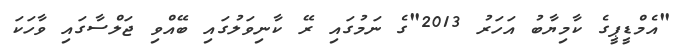
"އެމްޑީޕީގެ ކާމިޔާބު އަހަރު 2013"ގެ ނަމުގައި ރޭ ކާނިވަލުގައި ބޭއްވި ޖަލްސާގައި ވާހަކަ